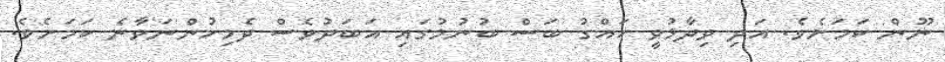
ނޫން ކަމަށެވެ. އަދި ވިދާޅުވީ ހައްގު ބަސް ބުނުމުގައި އަބަދުވެސް ދެމިހުންނަވާނެ ކަމަށެވެ.